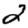
Digit: 2